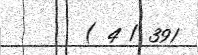
( 4 / 391